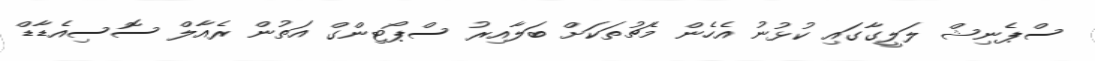
ސްޕެނިޝް ލަލީގާގައި ކުޅުނު އެހެން މެޗުތަކަށް ބަލާއިރު ސްޕޯޓިންގް އަތުން ރެއާލް ސޮސިއެޑާޑް